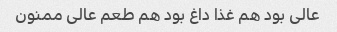
عالی بود هم غذا داغ بود هم طعم عالی ممنون